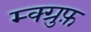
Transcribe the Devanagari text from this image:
म्क्ग्रुफ़